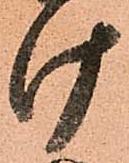
け